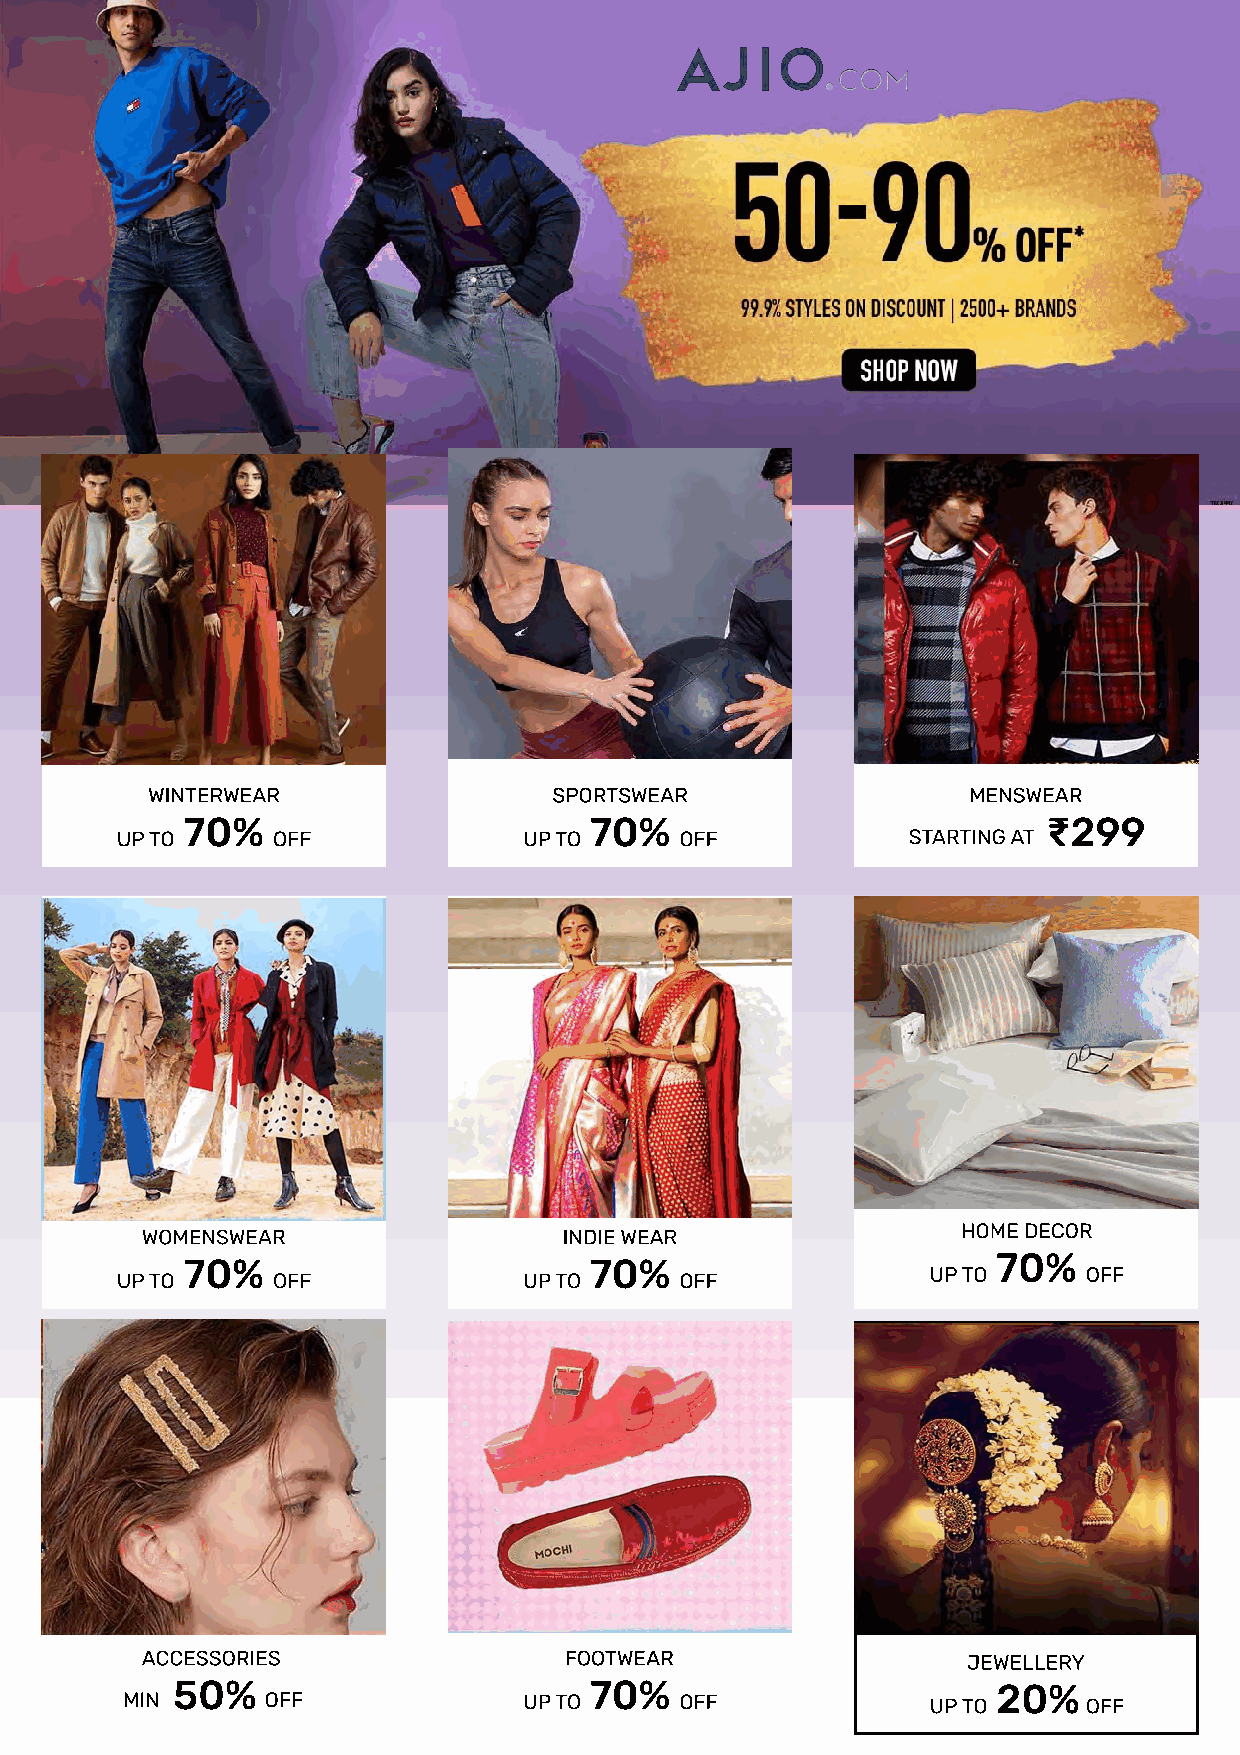
WINTERWEAR                 SPORTSWEAR                 MENSWEAR
 70%                        70%                           ₹299
 UP TO     OFF              UP TO     OFF            STARTING AT
 WOMENSWEAR                  INDIE WEAR                 HOME DECOR
 70%                        70%                        70%
 UP TO     OFF              UP TO     OFF              UP TO     OFF
 Accessories                 FOOTWEAR                   JEWELLERY
 50%                         70%                        20%
 MIN       OFF              UP TO     OFF              UP TO     OFF